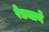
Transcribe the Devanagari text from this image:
रेड्याने